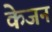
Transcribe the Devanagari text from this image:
केजन